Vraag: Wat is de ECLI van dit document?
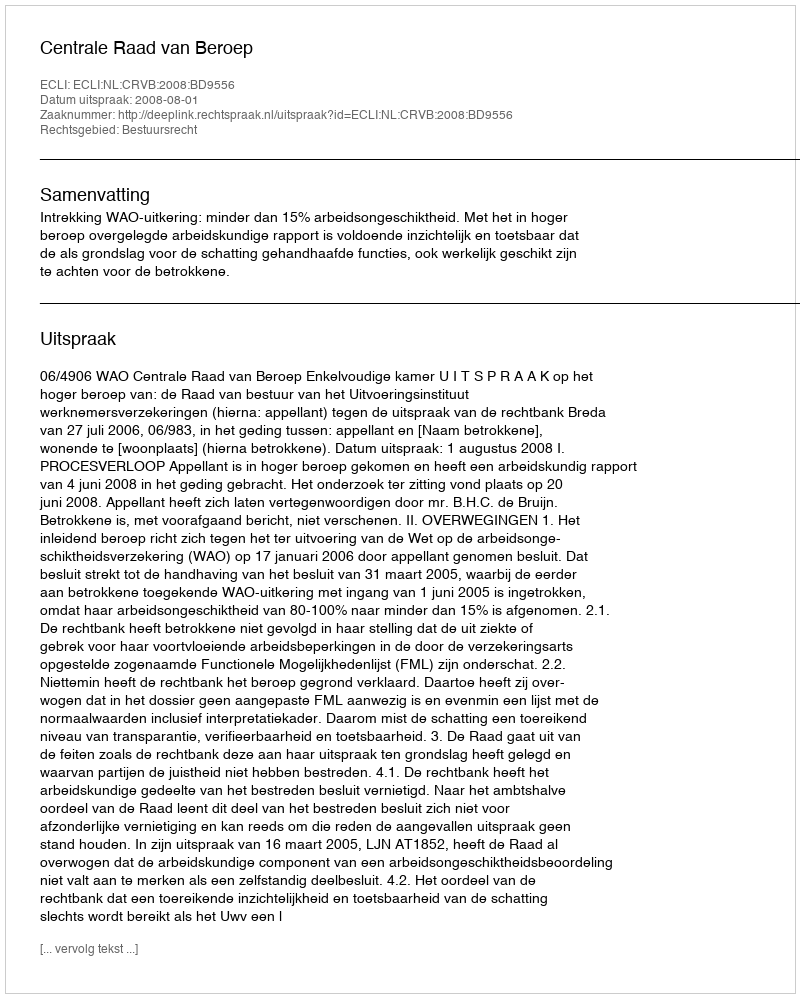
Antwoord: ECLI:NL:CRVB:2008:BD9556